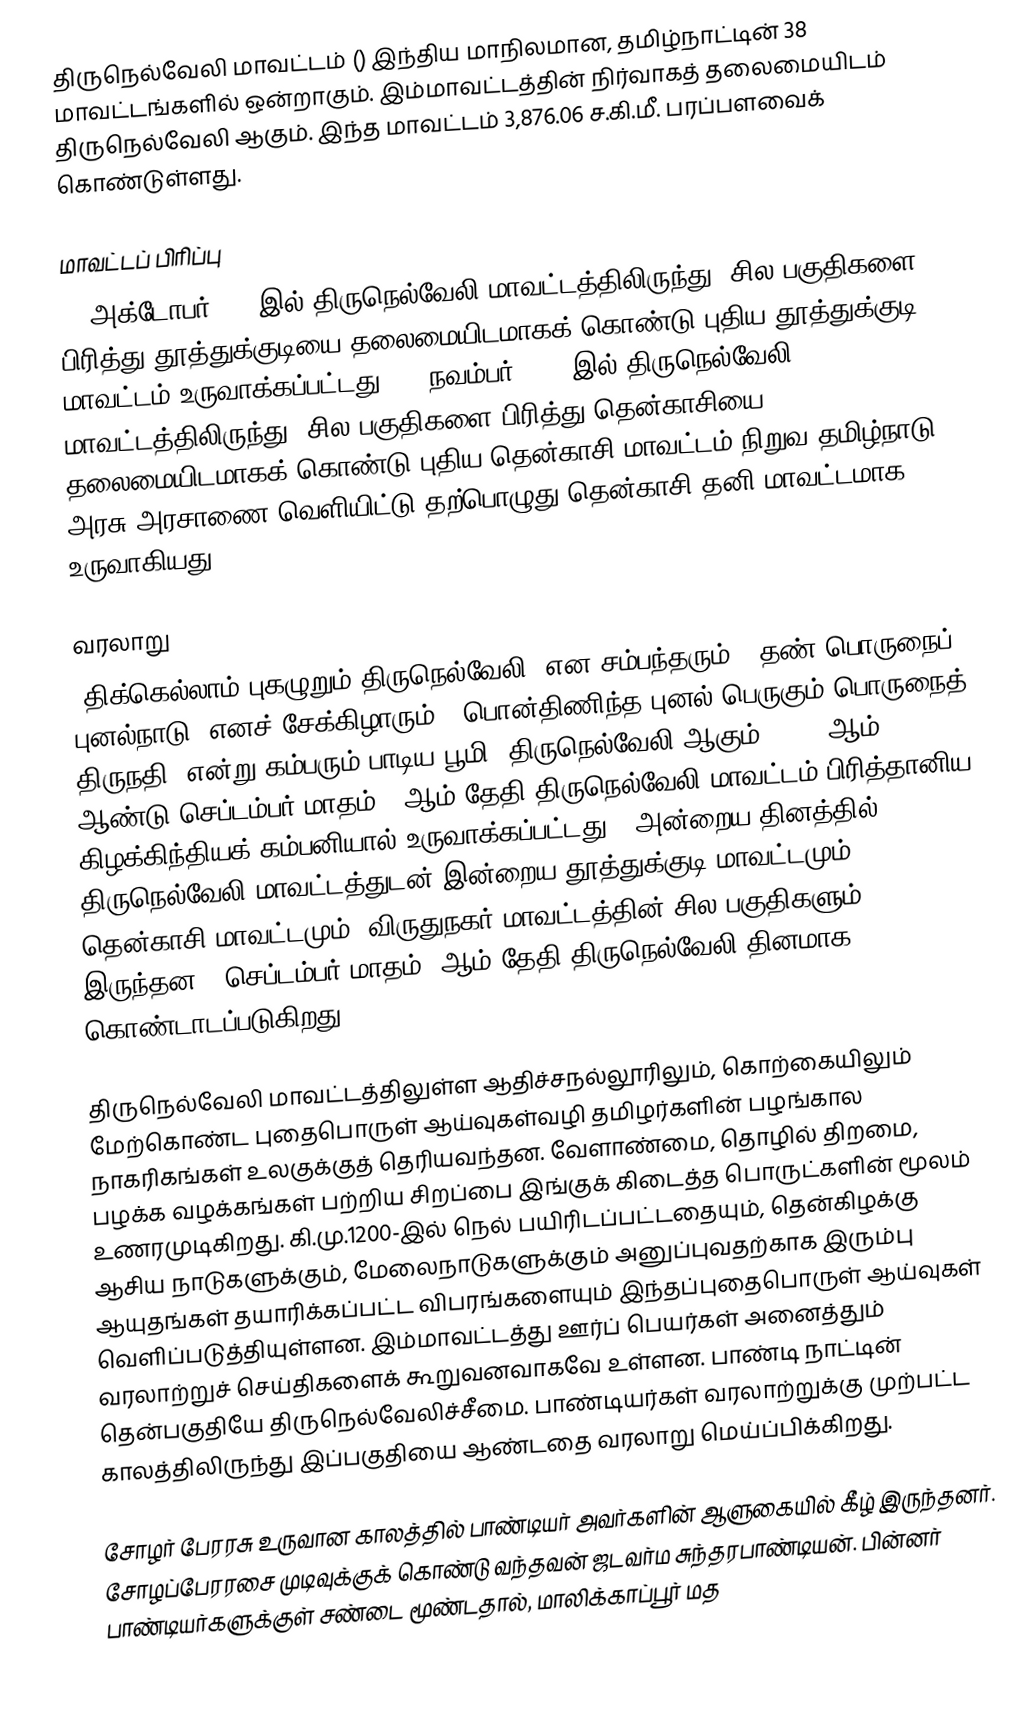
திருநெல்வேலி மாவட்டம் () இந்திய மாநிலமான, தமிழ்நாட்டின் 38 மாவட்டங்களில் ஒன்றாகும். இம்மாவட்டத்தின் நிர்வாகத் தலைமையிடம் திருநெல்வேலி ஆகும். இந்த மாவட்டம் 3,876.06 ச.கி.மீ. பரப்பளவைக் கொண்டுள்ளது.

மாவட்டப் பிரிப்பு
20 அக்டோபர் 1986இல் திருநெல்வேலி மாவட்டத்திலிருந்து, சில பகுதிகளை பிரித்து தூத்துக்குடியை தலைமையிடமாகக் கொண்டு புதிய தூத்துக்குடி மாவட்டம் உருவாக்கப்பட்டது. 12 நவம்பர் 2019-இல் திருநெல்வேலி மாவட்டத்திலிருந்து, சில பகுதிகளை பிரித்து,தென்காசியை தலைமையிடமாகக் கொண்டு புதிய தென்காசி மாவட்டம் நிறுவ தமிழ்நாடு அரசு அரசாணை வெளியிட்டு தற்பொழுது தென்காசி தனி மாவட்டமாக உருவாகியது.

வரலாறு
"திக்கெல்லாம் புகழுறும் திருநெல்வேலி" என சம்பந்தரும், "தண் பொருநைப் புனல்நாடு' எனச் சேக்கிழாரும், "பொன்திணிந்த புனல் பெருகும் பொருநைத் திருநதி" என்று கம்பரும் பாடிய பூமி, திருநெல்வேலி ஆகும். 1790 ஆம் ஆண்டு செப்டம்பர் மாதம் 1 ஆம் தேதி திருநெல்வேலி மாவட்டம் பிரித்தானிய கிழக்கிந்தியக் கம்பனியால் உருவாக்கப்பட்டது. (அன்றைய தினத்தில் திருநெல்வேலி மாவட்டத்துடன் இன்றைய தூத்துக்குடி மாவட்டமும், தென்காசி மாவட்டமும், விருதுநகர் மாவட்டத்தின் சில பகுதிகளும் இருந்தன.) செப்டம்பர் மாதம் 1ஆம் தேதி திருநெல்வேலி தினமாக கொண்டாடப்படுகிறது.

திருநெல்வேலி மாவட்டத்திலுள்ள ஆதிச்சநல்லூரிலும், கொற்கையிலும் மேற்கொண்ட புதைபொருள் ஆய்வுகள்வழி தமிழர்களின் பழங்கால நாகரிகங்கள் உலகுக்குத் தெரியவந்தன. வேளாண்மை, தொழில் திறமை, பழக்க வழக்கங்கள் பற்றிய சிறப்பை இங்குக் கிடைத்த பொருட்களின் மூலம் உணரமுடிகிறது. கி.மு.1200-இல் நெல் பயிரிடப்பட்டதையும், தென்கிழக்கு ஆசிய நாடுகளுக்கும், மேலைநாடுகளுக்கும் அனுப்புவதற்காக இரும்பு ஆயுதங்கள் தயாரிக்கப்பட்ட விபரங்களையும் இந்தப்புதைபொருள் ஆய்வுகள் வெளிப்படுத்தியுள்ளன. இம்மாவட்டத்து ஊர்ப் பெயர்கள் அனைத்தும் வரலாற்றுச் செய்திகளைக் கூறுவனவாகவே உள்ளன. பாண்டி நாட்டின் தென்பகுதியே திருநெல்வேலிச்சீமை. பாண்டியர்கள் வரலாற்றுக்கு முற்பட்ட காலத்திலிருந்து இப்பகுதியை ஆண்டதை வரலாறு மெய்ப்பிக்கிறது.

சோழர் பேரரசு உருவான காலத்தில் பாண்டியர் அவர்களின் ஆளுகையில் கீழ் இருந்தனர். சோழப்பேரரசை முடிவுக்குக் கொண்டு வந்தவன் ஜடவர்ம சுந்தரபாண்டியன். பின்னர் பாண்டியர்களுக்குள் சண்டை மூண்டதால், மாலிக்காப்பூர் மத